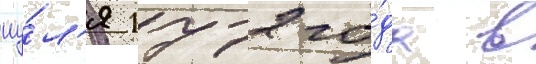
иу́л'я 1772 го́да в